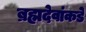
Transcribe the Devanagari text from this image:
ब्रह्मदेवांकडे